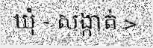
ឃុំ - សង្កាត់ >